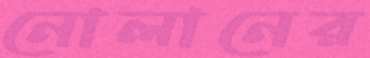
নোলানের